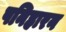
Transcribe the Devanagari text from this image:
पनिहारन